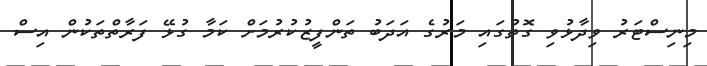
މިނިސްޓަރު ވިދާޅުވި ގޮތުގައި މަރުގެ އަދަބު ތަންފީޒުކުރުމަށް ކަމާ ގުޅޭ ފަރާތްތަކުން އިސް